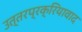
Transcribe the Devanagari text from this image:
उत्तरप्रक्रियावाद